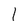
Character: 1